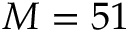
M = 5 1